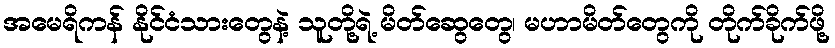
အမေရိကန် နိုင်ငံသားတွေနဲ့ သူတို့ရဲ့ မိတ်ဆွေတွေ၊ မဟာမိတ်တွေကို တိုက်ခိုက်ဖို့